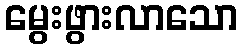
မွေးဖွားလာသော